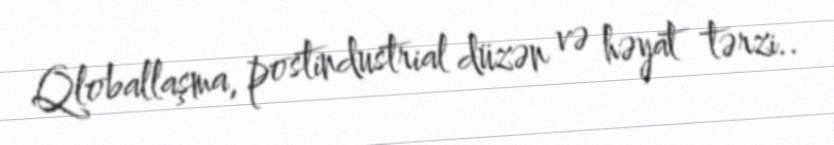
Qloballaşma, postindustrial düzən və həyat tərzi..